Annual report on the working of the Harcourt Butler Institute of Public Health, Rangoon
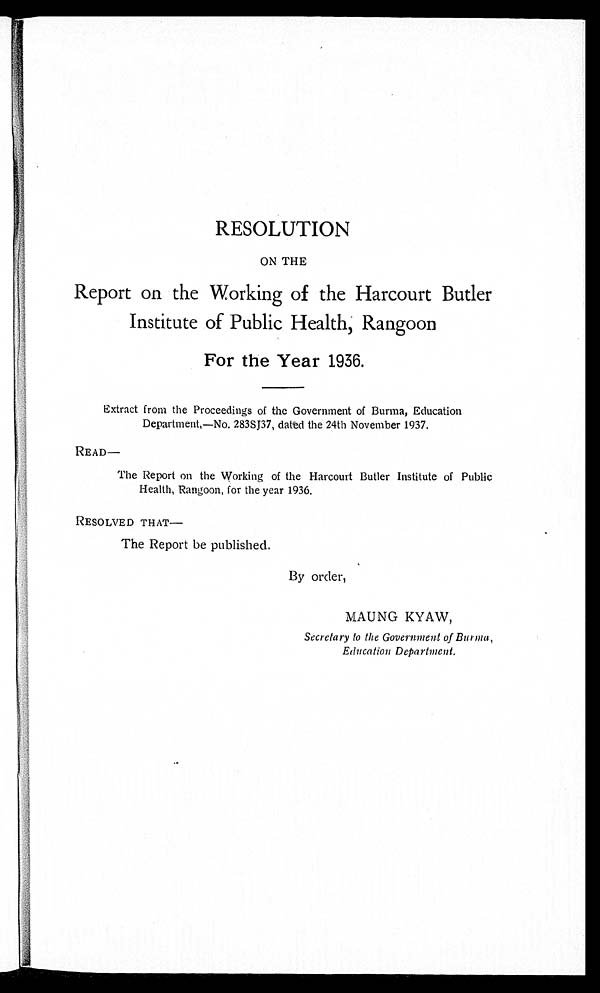
RESOLUTION
ON THE
Report on the Working of the Harcourt Butler
Institute of Public Health, Rangoon
For the Year 1936.
Extract from the Proceedings of the Government of Burma, Education
Department,—No. 283SJ37, dated the 24th November 1937.
READ—
The Report on the Working of the Harcourt Butler Institute of Public
Health, Rangoon, for the year 1936.
RESOLVED THAT—
The Report be published.
By order,
MAUNG KYAW,
Secretary to the Government of Burma,
Education Department.